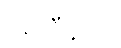
အိုကီနာဝါ